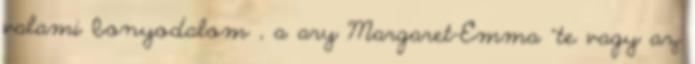
valami bonyodalom , a ary Margaret-Emma “te vagy az